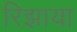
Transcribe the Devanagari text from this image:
रिझाया